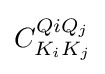
C_{K_{i}K_{j}}^{Q{i}Q_{j}}